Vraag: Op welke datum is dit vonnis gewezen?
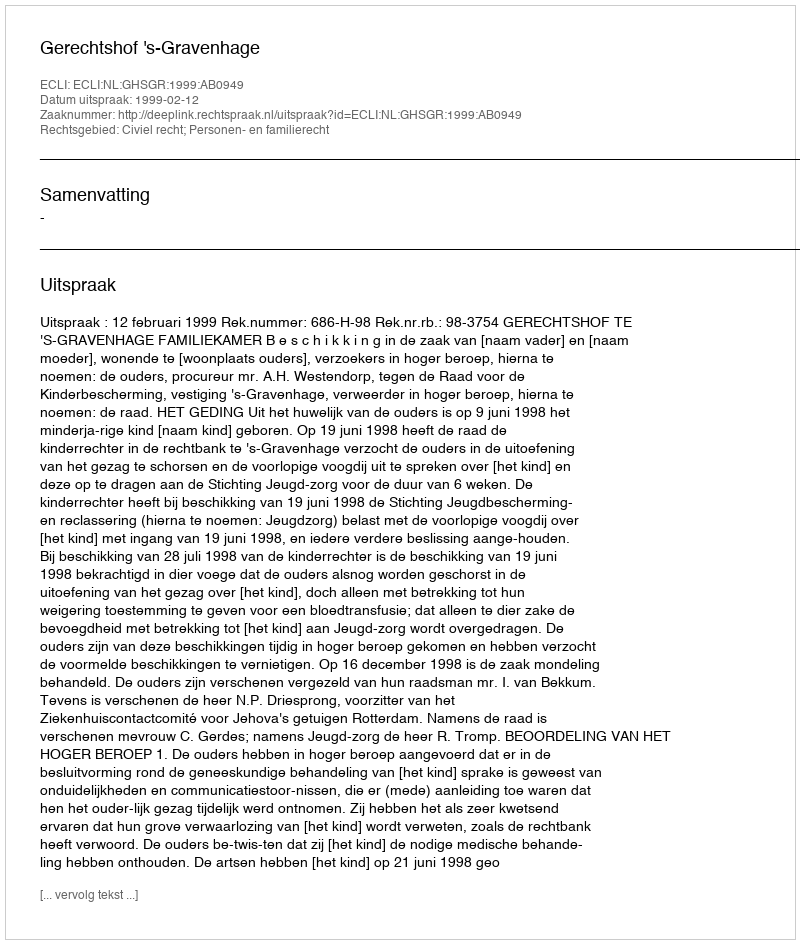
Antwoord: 1999-02-12